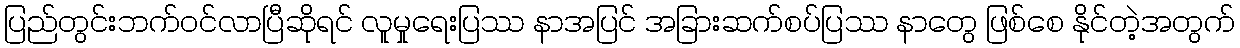
ပြည်တွင်းဘက်ဝင်လာပြီဆိုရင် လူမှုရေးပြဿ နာအပြင် အခြားဆက်စပ်ပြဿ နာတွေ ဖြစ်စေ နိုင်တဲ့အတွက်